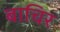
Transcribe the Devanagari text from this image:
बाचिर